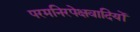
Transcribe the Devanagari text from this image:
परमनिरपेक्षवादियों